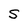
Character: S